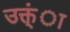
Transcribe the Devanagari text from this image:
उक्त्ंा